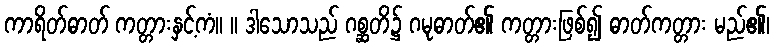
ကာရိတ်ဓာတ် ကတ္တားနှင့်ကံ။ ။ ဒါသောသည် ဂစ္ဆတိ၌ ဂမုဓာတ်၏ ကတ္တားဖြစ်၍ ဓာတ်ကတ္တား မည်၏၊